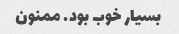
بسیار خوب بود. ممنون